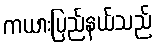
ကယားပြည်နယ်သည်